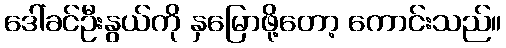
ဒေါ်ခင်ဦးနွယ်ကို နှမြောဖို့တော့ ကောင်းသည်။